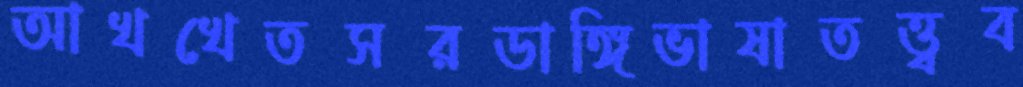
আখখেতসরডাঙ্গিভাষাতত্ত্বব